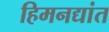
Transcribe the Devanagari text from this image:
हिमनद्यांत